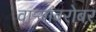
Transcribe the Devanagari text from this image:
वाऱ्यांबरोबर